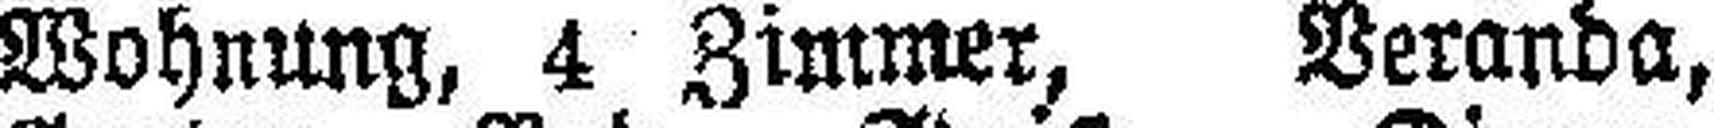
Wohnung, 4 Zimmer, Veranda,